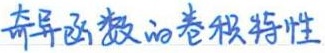
奇异函数的卷积特性